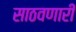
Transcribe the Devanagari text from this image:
साठवणारी